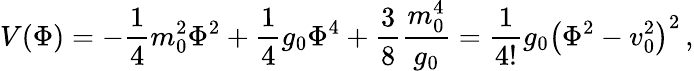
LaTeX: V(\Phi)=-\frac{1}{4}m_{0}^{2}\Phi^{2}+\frac{1}{4}g_{0}\Phi^{4}+\frac{3}{8}\frac{m_{0}^{4}}{g_{0}}=\frac{1}{4!}g_{0}\left(\Phi^{2}-v_{0}^{2}\right)^{2}\, ,